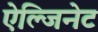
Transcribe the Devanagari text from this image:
ऐल्जिनेट